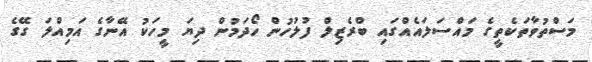
މަސްތުވާތަކެތީގެ މައްސަލައެއްގައި ބްރެޒިލް ފުލުހުން ހޯދަމުން ދިޔަ މީހަކު އޭނާގެ އަމިއްލަ ގޭގެ